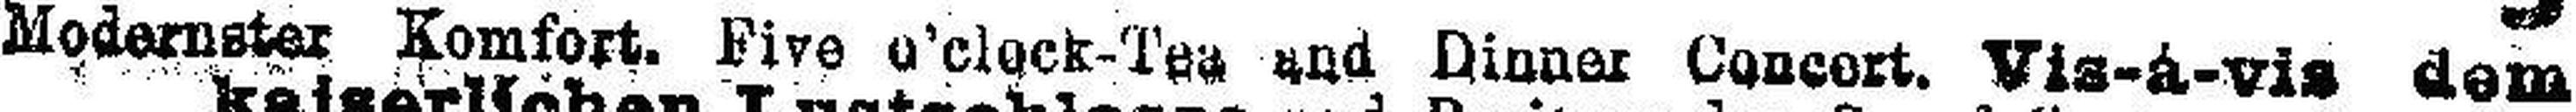
Modernster Komfort. Five o’clock-Tea and Dinner Concort. Via-á-vis dem